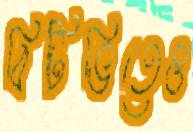
বিটিভিতেও